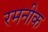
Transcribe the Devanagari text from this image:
रमनीक